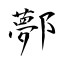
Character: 鄸